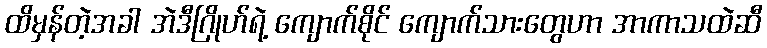
ထိမှန်တဲ့အခါ အဲဒီဂြိုဟ်ရဲ့ ကျောက်စိုင် ကျောက်သားတွေဟာ အာကာသထဲဆီ